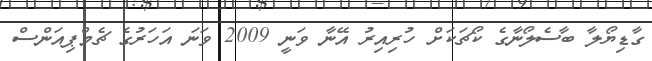
ގާޑިޔޯލާ ބާސެލޯނާގެ ކޯޗަކަށް ހުރިއިރު އޭނާ ވަނީ 2009 ވަނަ އަހަރުގެ ޗެމްޕިއަންސް